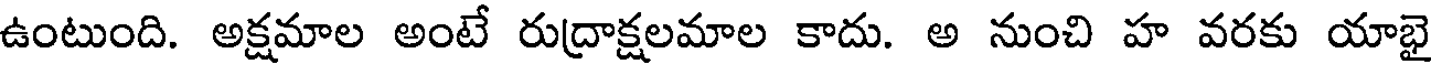
ఉంటుంది. అక్షమాల అంటే రుద్రాక్షలమాల కాదు. అ నుంచి హ వరకు యాభై